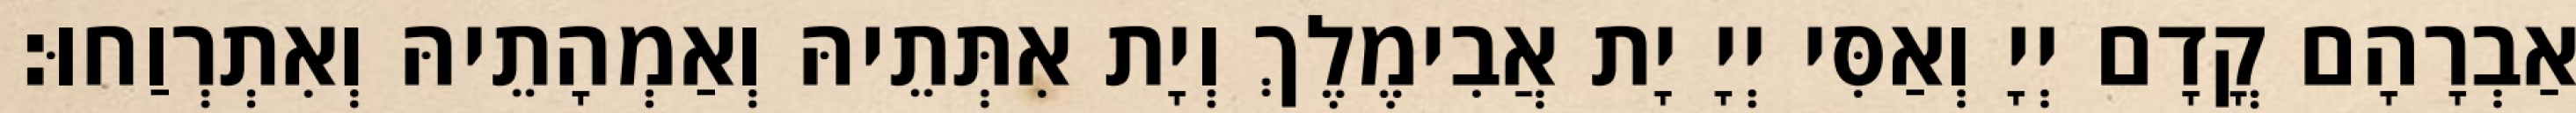
אַבְרָהָם קֳדָם יְיָ וְאַסִּי יְיָ יָת אֲבִימֶלֶךְ וְיָת אִתְּתֵיהּ וְאַמְהָתֵיהּ וְאִתְרְוַחוּ׃